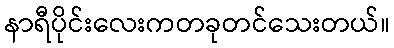
နာရီပိုင်းလေးကတခုတင်သေးတယ်။